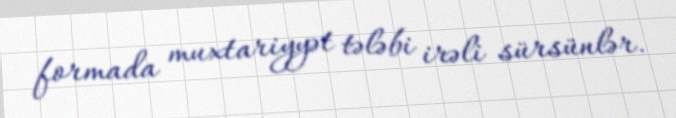
formada muxtariyyət tələbi irəli sürsünlər.